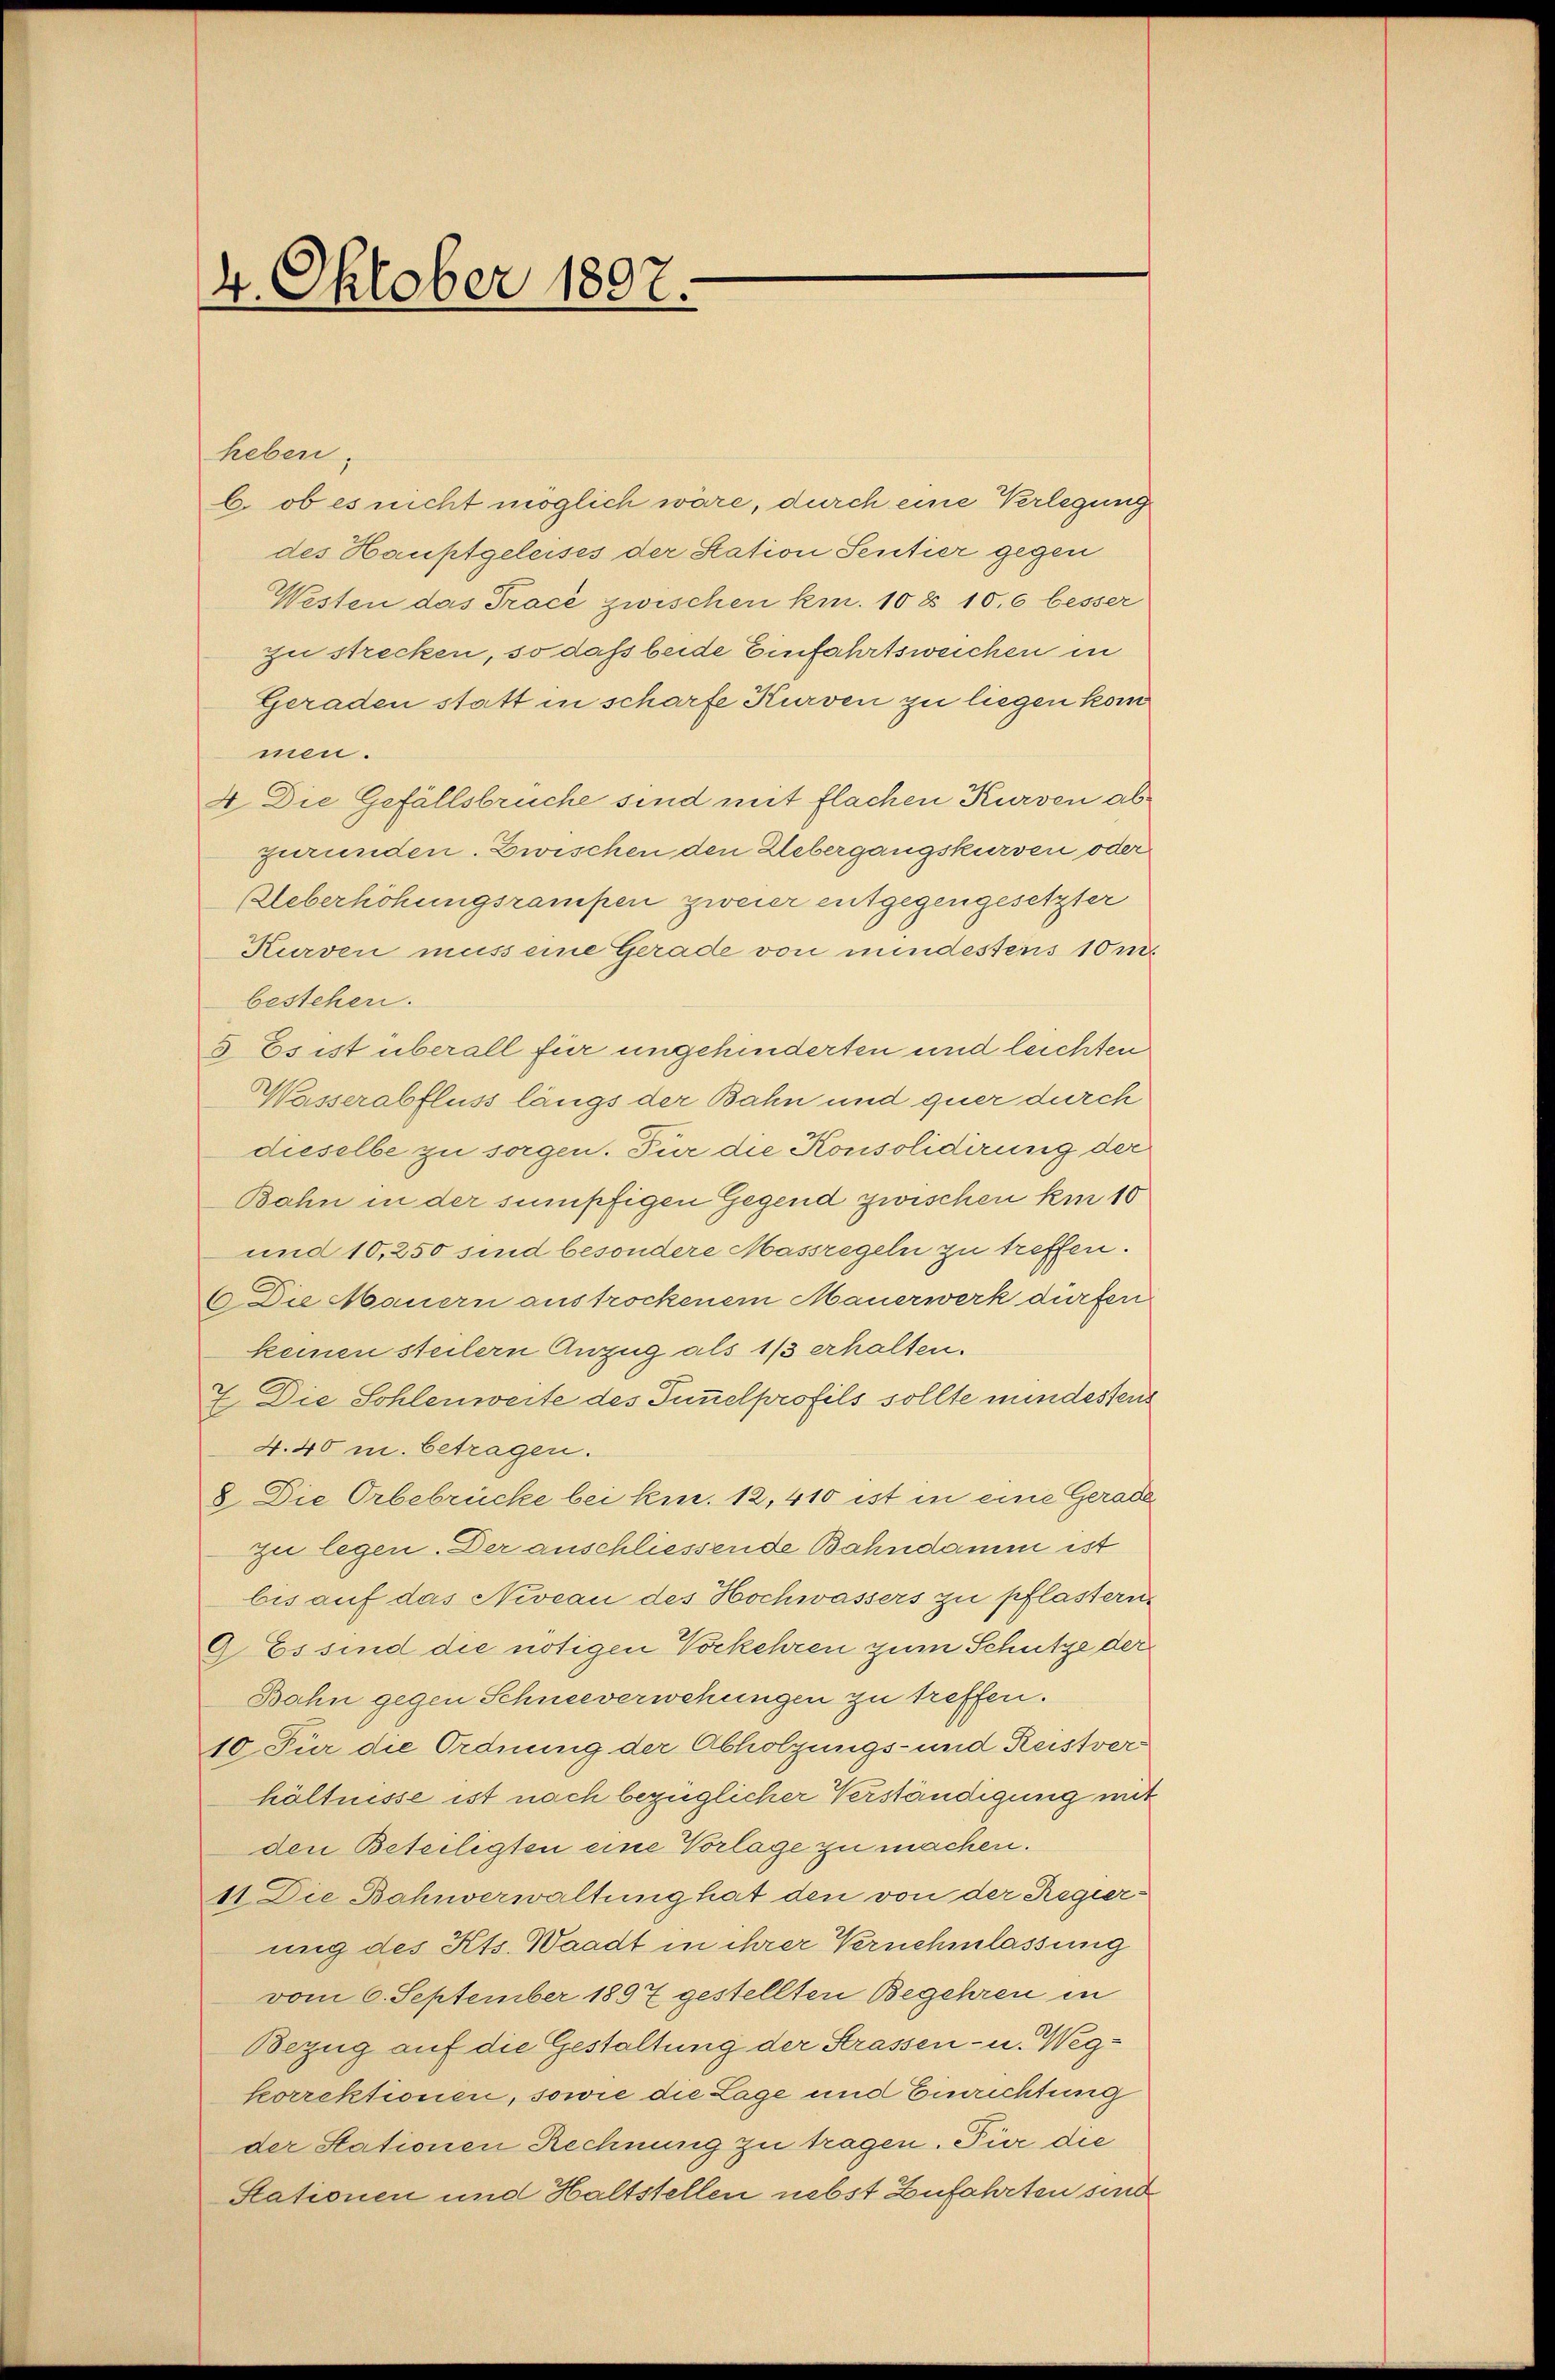
4. Oktober 1807.

heben.
b. ob es nicht möglich wäre, durch eine Verlegung
des Hauptgeleises der Station Sentier gegen
Westen das Tracé zwischen kn. 10 § 106 besser
zu strecken, so daß beide Einfahrtsweichen in
Geraden statt in scharfe Kurven zu liegen kom
men.
4. Die Gefällsbrüche sind mit flachen Kurven abguründen. Zwischen den Uebergangskursen oder
Ueberhöhungsrampen zweier entgegengesetzter
Kurven muss eine Gerade von mindestens 10 m
bestehen.
3. Es ist überall für ungehinderten und leichten
Wasserabfluss längs der Bahn und quer durch
dieselbe zu sorgen. Für die Konsolidirung der
Bahn in der sumpfigen Gegend zwischen kan 10
und 10,250 sind besondere Massregeln zu treffen.
6. Die Mauern austrockenem Mauerwerk dürfen
keinen steilern Anzug als 1/3 erhalten.
7. Die Sohlenweite des Tunnelprofils sollte mindestens
4.40 m. betragen.
8 Die Orbebrücke bei kin. 12, 410 ist in eine Gerade
zu legen. Der anschliessende Bahndamm ist
bis auf das Niveau des Hochwassers zu pflastern
9. Es sind die nötigen Vorkehren zum Schütze der
Bahn gegen Schneeverwehungen zu treffen.
10. Für die Ordnung der Abholzungs- und Reistverhältnisse ist nach bezüglicher Verständigung mit
den Beteiligten eine Vorlage zu machen.
11. Die Bahnverwaltung hat den von der Regierung des Kts. Waadt in ihrer Vernehmlassung
vom 6. September 1897 gestellten Begehren in
Bezug auf die Gestaltung der Strassen- u. Wegkorrektionen, sowie die Lage und Einrichtung
der Stationen Rechnung zu tragen. Für die
Stationen und Haltstellen nebst Zufahrten sind